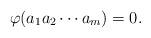
LaTeX: \begin{align*}\varphi(a_1a_2\cdots a_m) = 0.\end{align*}